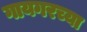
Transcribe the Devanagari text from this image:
गायगरच्या